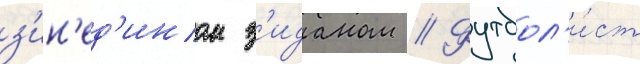
з'ин'ед'ином з'иданом // Футбол'и́ст